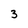
Character: 3